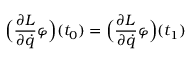
{ \Bigl ( } { \frac { \partial L } { \partial { \dot { q } } } } \varphi { \Bigr ) } ( t _ { 0 } ) = { \Bigl ( } { \frac { \partial L } { \partial { \dot { q } } } } \varphi { \Bigr ) } ( t _ { 1 } )